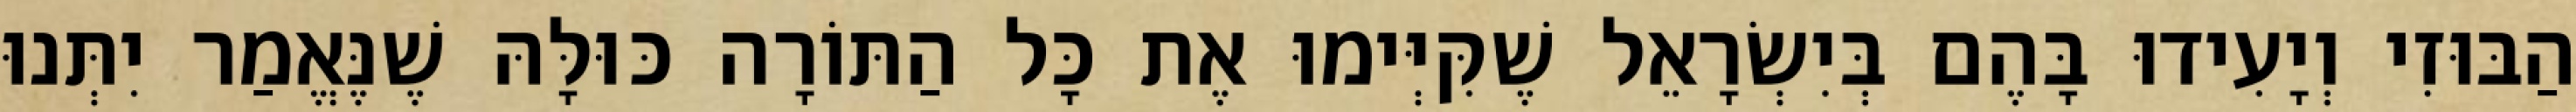
הַבּוּזִי וְיָעִידוּ בָּהֶם בְּיִשְׂרָאֵל שֶׁקִּיְּימוּ אֶת כָּל הַתּוֹרָה כּוּלָּהּ שֶׁנֶּאֱמַר יִתְּנוּ